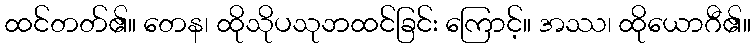
ထင်တတ်၏။ တေန၊ ထိုသိုပသုဘထင်ခြင်း ကြောင့်။ အဿ၊ ထိုယောဂီ၏။